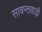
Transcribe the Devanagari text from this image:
सावन्तवाड़ी